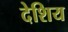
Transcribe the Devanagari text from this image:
देशिय